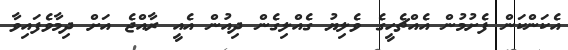
އެކަންކަން ފެށުމުން އެއްޗެހީގެ ވެލިޔު ގެއްލިގެން ދިއުން އެއީ ރާއްޖެ އަށް ދިމާވެފައިވާ